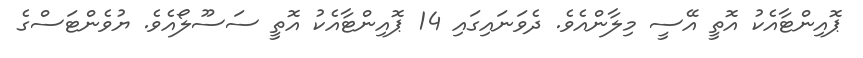
ޕޮއިންޓާއެކު އޮތީ އޭސީ މިލާންއެވެ. ދެވަނައިގައި 14 ޕޮއިންޓާއެކު އޮތީ ސަސޫލޯއެވެ. ޔުވެންޓަސްގެ